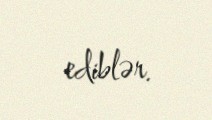
ediblər.